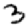
Digit: 3